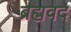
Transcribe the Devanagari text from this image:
ब्रह्मवद